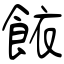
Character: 餏